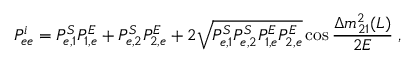
P _ { e e } ^ { i } = P _ { e , 1 } ^ { S } P _ { 1 , e } ^ { E } + P _ { e , 2 } ^ { S } P _ { 2 , e } ^ { E } + 2 \sqrt { P _ { e , 1 } ^ { S } P _ { e , 2 } ^ { S } P _ { 1 , e } ^ { E } P _ { 2 , e } ^ { E } } \cos \frac { \Delta m _ { 2 1 } ^ { 2 } ( L ) } { 2 E } \; ,